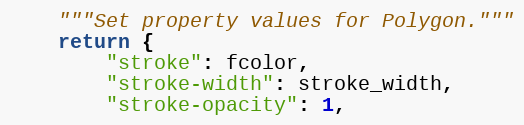
Language: Python
    """Set property values for Polygon."""
    return {
        "stroke": fcolor,
        "stroke-width": stroke_width,
        "stroke-opacity": 1,